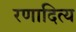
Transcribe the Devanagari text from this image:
रणादित्य